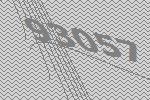
93057